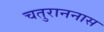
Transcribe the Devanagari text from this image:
चतुराननास